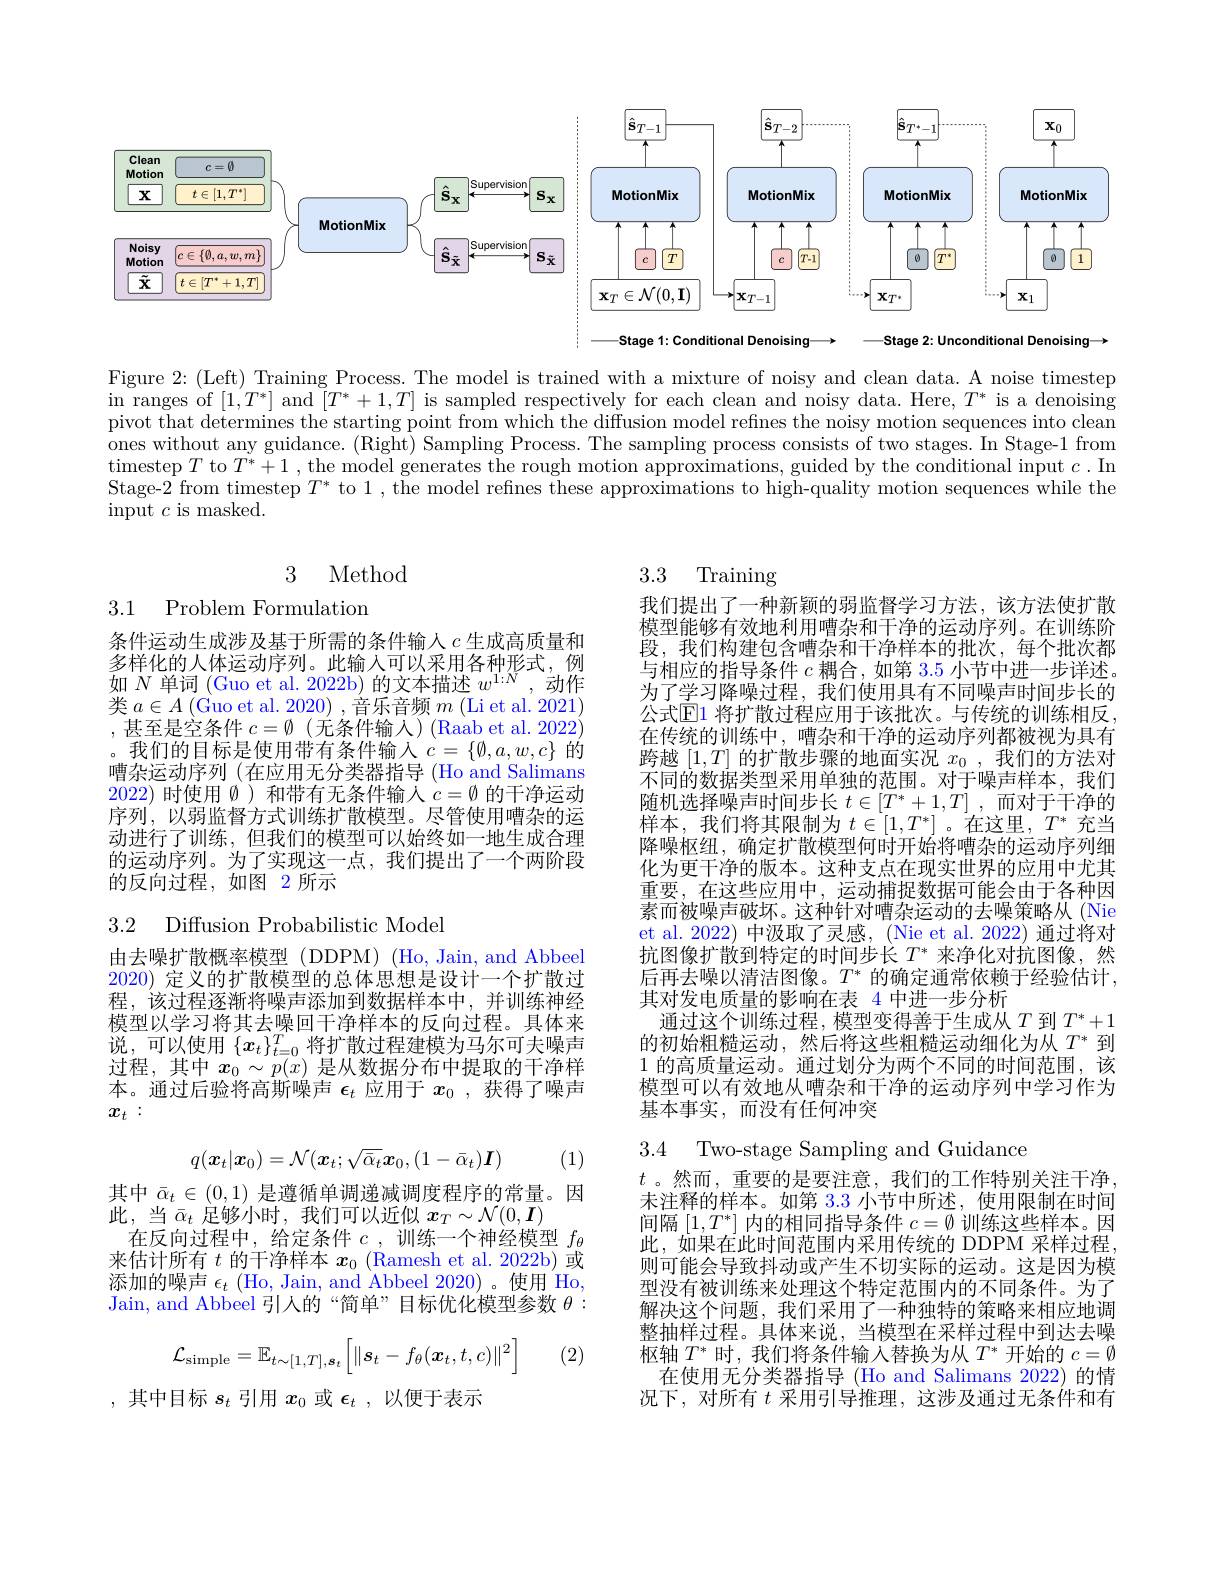
<FigureHere>

Figure 2: (Left) Training Process. The model is trained with a mixture of noisy and clean data. A noise timestep in ranges of $[1,T^*]$ and $[T^*+1,T]$ is sampled respectively for each clean and noisy data. Here, $T^*$ is a denoising pivot that determines the starting point from which the diffusion model refines the noisy motion sequences into clean ones without any guidance. (Right) Sampling Process. The sampling process consists of two stages. In Stage-1 from timestep $T$ to $T^*+1$ , the model generates the rough motion approximations, guided by the conditional input $c.$ In Stage-2 from timestep $T^*$ to 1 , the model refines these approximations to high-quality motion sequences while the $\bar{\text{input }c\text{ is masked}}.$

## 3 Method

## 3.3 Training

3.1 Problem Formulation

条件运动生成涉及基于所需的条件输入$c$生成高质量和多样化的人体运动序列。此输入可以采用各种形式，例如$N$单词 (Guo et al. 2022b) 的文本描述$w^1:N$,动作类$a\in A$ (Guo et al. 2020) , 音乐音频$m$ (Li et al. 2021) ,甚至是空条件 $c=\emptyset($无条件输入)(Raab et al.2022) 。我们的目标是使用带有条件输入$c=\{\emptyset,a,w,c\}$的嘈杂运动序列 (在应用无分类器指导 (Ho and Salimans 2022)时使用$\emptyset$ )和带有无条件输入$c=\emptyset$的干净运动序列，以弱监督方式训练扩散模型。尽管使用嘈杂的运动进行了训练，但我们的模型可以始终如一地生成合理的运动序列。为了实现这一点，我们提出了一个两阶段的反向过程，如图 2 所示

我们提出了一种新颖的弱监督学习方法，该方法使扩散模型能够有效地利用嘈杂和干净的运动序列。在训练阶段，我们构建包含嘈杂和干净样本的批次，每个批次都与相应的指导条件$c$耦合，如第 3.5 小节中进一步详述。为了学习降噪过程，我们使用具有不同噪声时间步长的公式$\mathbb{E}$1 将扩散过程应用于该批次。与传统的训练相反， 在传统的训练中，嘈杂和干净的运动序列都被视为具有跨越$[1,T]$的扩散步骤的地面实况$x_0$ ,我们的方法对不同的数据类型采用单独的范围。对于噪声样本，我们随机选择噪声时间步长$t\in[T^*+1,T]$ ,而对于干净的样本，我们将其限制为$t\in[1,T^*]$ 。在这里，$T^*$充当降噪枢纽，确定扩散模型何时开始将嘈杂的运动序列细化为更干净的版本。这种支点在现实世界的应用中尤其重要，在这些应用中，运动捕捉数据可能会由于各种因素而被噪声破坏。这种针对嘈杂运动的去噪策略从(Nie et al. 2022) 中汲取了灵感，(Nie et al. 2022) 通过将对抗图像扩散到特定的时间步长$T^*$来净化对抗图像，然后再去噪以清洁图像。$T^*$的确定通常依赖于经验估计， 其对发电质量的影响在表 4 中进一步分析
通过这个训练过程，模型变得善于生成从$T$到$T^*+1$ 的初始粗糙运动，然后将这些粗糙运动细化为从$T^*$到1的高质量运动。通过划分为两个不同的时间范围，该模型可以有效地从嘈杂和干净的运动序列中学习作为基本事实，而没有任何冲突

3.2 Diffusion Probabilistic Model

由去噪扩散概率模型(DDPM)(Ho,Jain, and Abbeel 2020)定义的扩散模型的总体思想是设计一个扩散过程，该过程逐渐将噪声添加到数据样本中，并训练神经模型以学习将其去噪回干净样本的反向过程。具体来说，可以使用$\{\boldsymbol x_t\}_{t=0}^T$将扩散过程建模为马尔可夫噪声过程，其中$x_0\sim p(x)$是从数据分布中提取的干净样本。通过后验将高斯噪声$\epsilon_t$应用于$x_0$ ,获得了噪声$x_t:$

3.4 Two-stage Sampling and Guidance
$$q(\boldsymbol{x}_t|\boldsymbol{x}_0)=\mathcal{N}(\boldsymbol{x}_t;\sqrt{\bar{\alpha}_t}\boldsymbol{x}_0,(1-\bar{\alpha}_t)\boldsymbol{I})$$
(1)

其中$\bar{\alpha}_t\in(0,1)$是遵循单调递减调度程序的常量。因
此，当 $\bar{\alpha}_t$ 足够小时，我们可以近似 $x_T\sim\mathcal{N}(0,\boldsymbol{I})$
在反向过程中，给定条件$c$,训练一个神经模型$f_\theta$ 来估计所有$t$的干净样本$x_0$ (Ramesh et al. 2022b) 或添加的噪声$\epsilon_t$ (Ho, Jain, and Abbeel 2020)。使用 Ho, Jain, and Abbeel 引人的“简单”目标优化模型参数$\theta:$

$t$。然而，重要的是要注意，我们的工作特别关注干净， 未注释的样本。如第 3.3 小节中所述，使用限制在时间间隔$[1,T^*]$内的相同指导条件$c=\emptyset$训练这些样本。因此，如果在此时间范围内采用传统的 DDPM 采样过程， 则可能会导致抖动或产生不切实际的运动。这是因为模型没有被训练来处理这个特定范围内的不同条件。为了解决这个问题，我们采用了一种独特的策略来相应地调整抽样过程。具体来说，当模型在采样过程中到达去噪枢轴$T^*$时，我们将条件输入替换为从$T^*$开始的$c=\emptyset$ 在使用无分类器指导 (Ho and Salimans 2022) 的情
况下，对所有$t$采用引导推理，这涉及通过无条件和有
$$\mathcal{L}_{\mathrm{simple}}=\mathbb{E}_{t\sim[1,T],\boldsymbol{s}_t}\Big[\|\boldsymbol{s}_t-f_\theta(\boldsymbol{x}_t,t,c)\|^2\Big]$$
(2)

,其中目标$s_t$引用$x_0$或$\epsilon_t$ ,以便于表示